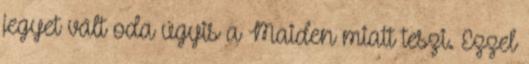
jegyet vált oda úgyis a Maiden miatt teszi. Ezzel